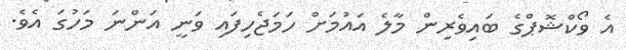
އެ ވޯކްޝޮޕްގެ ބައިވެރިން މާލެ އައުމަށް ހަމަޖެހިފައި ވަނީ އަންނަ މަހުގަ އެވެ.